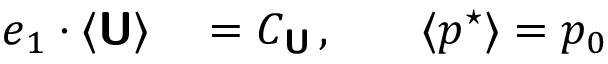
\begin{array} { r l r l } { \boldsymbol { e } _ { 1 } \boldsymbol { \cdot } \langle \boldsymbol { \mathsf { U } } \rangle } & { { } = C _ { \boldsymbol { \mathsf { U } } } \, , } & { } & { { } \langle p ^ { \star } \rangle = p _ { 0 } } \end{array}